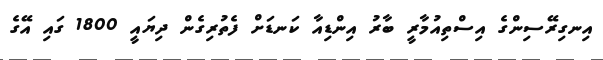
އިނގިރޭސިންގެ އިސްތިއުމާރީ ބާރު އިންޑިއާ ކަނޑަށް ފެތުރިގެން ދިޔައީ 1800 ގައި އޭގެ